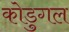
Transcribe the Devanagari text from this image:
कोडुगल